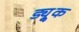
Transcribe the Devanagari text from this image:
ड्यू्क